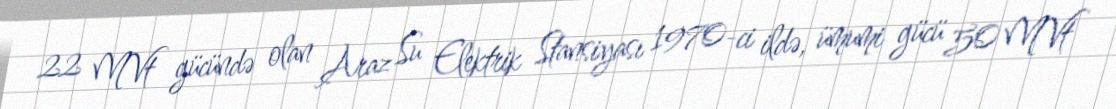
22 MVt gücündə olan Araz Su Elektrik Stansiyası 1970-ci ildə, ümumi gücü 50 MVt